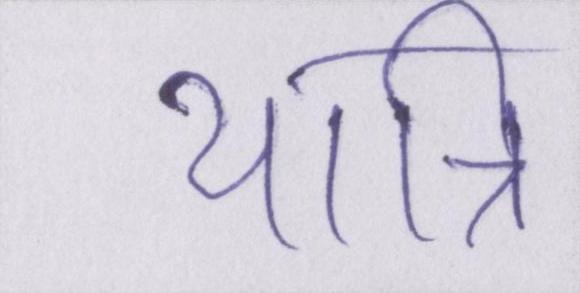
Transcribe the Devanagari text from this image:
यात्रि